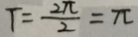
T = \frac { 2 \pi } { 2 } = \pi